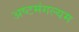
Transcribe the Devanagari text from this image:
अष्टमंगल्यम